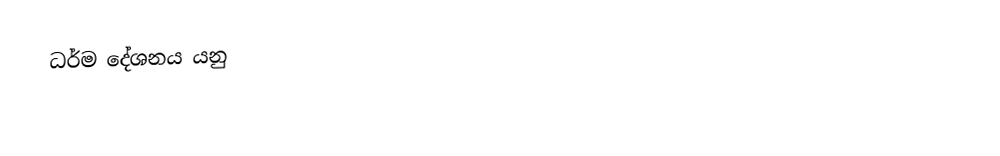
ධර්ම දේශනය යනු